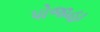
પોજાહા